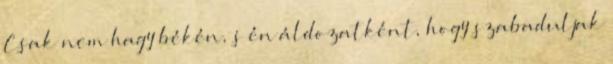
Csak nem hagy békén, s én áldozatként, hogy szabaduljak